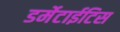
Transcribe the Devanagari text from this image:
डर्मेटाईटिस